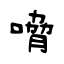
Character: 嗋